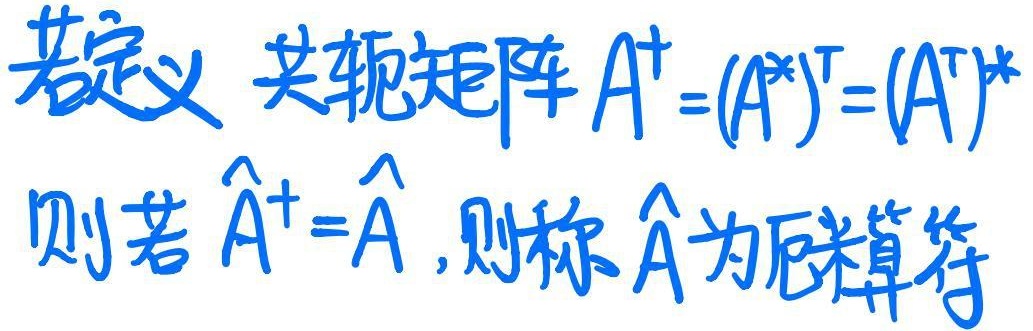
若定义共轭矩阵 \(A^{\dagger}=(A^{*})^{\mathrm{T}}=(A^{\mathrm{T}})^{*}\)，则若 \(\hat{A}^{\dagger}=\hat{A}\)，则称 \(\hat{A}\) 为厄米算符。